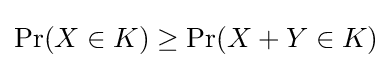
\Pr(X\in K)\geq \Pr(X+Y\in K)